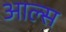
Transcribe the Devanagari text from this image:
आल्स